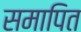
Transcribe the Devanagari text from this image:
समापित